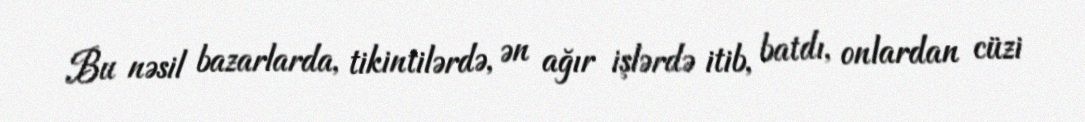
Bu nəsil bazarlarda, tikintilərdə, ən ağır işlərdə itib, batdı, onlardan cüzi